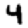
Digit: 4